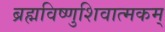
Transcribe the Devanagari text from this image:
ब्रह्मविष्णुशिवात्मकम्